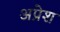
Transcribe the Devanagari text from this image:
अप्रेश